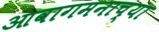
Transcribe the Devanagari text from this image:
आवागमनाच्या